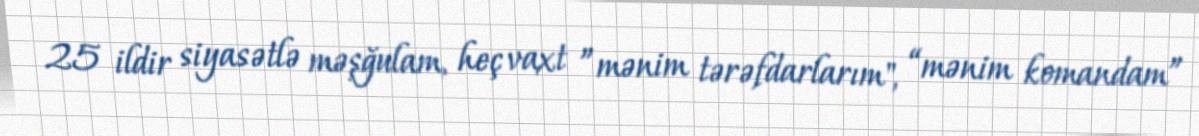
25 ildir siyasətlə məşğulam, heç vaxt ”mənim tərəfdarlarım", “mənim komandam”